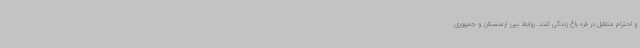
و احترام متقابل در قره باغ زندگی کنند. روابط بین ارمنستان و جمهوری